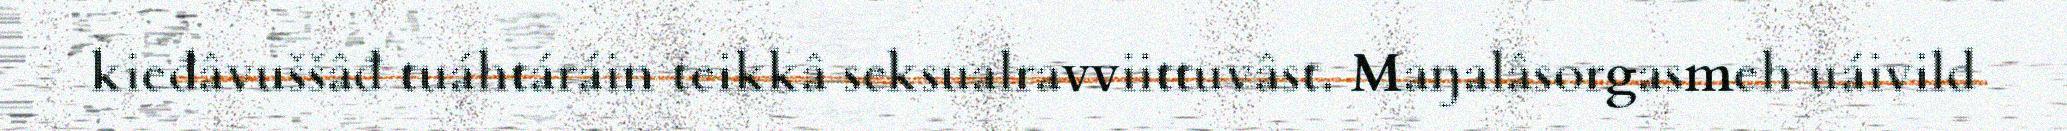
kieđâvuššâđ tuáhtáráin teikkâ seksualravviittuvâst. Maŋalâsorgasmeh uáivild